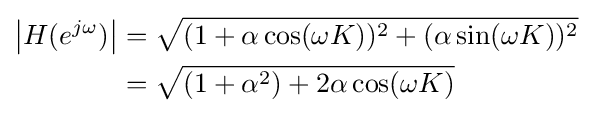
{\begin{aligned}\left|H(e^{j\omega })\right|&={\sqrt {(1+\alpha \cos(\omega K))^{2}+(\alpha \sin(\omega K))^{2}}}\\&={\sqrt {(1+\alpha ^{2})+2\alpha \cos(\omega K)}}\end{aligned}}